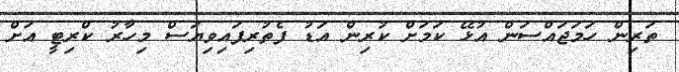
ތަރިން ހަމަޖައްސަން އުޅޭ ކަމަށް ކުރިން އަޑު ފެތުރިފައިވިޔަސް މިހާރު ކްރިޓީ އަށް